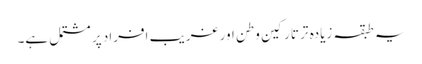
یہ طبقہ زیادہ تر تارکین وطن اور غریب افراد پر مشتمل ہے۔